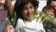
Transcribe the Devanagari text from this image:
थों